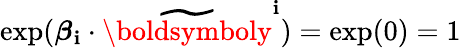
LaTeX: \exp(\boldsymbol\beta_{\mathbf{i}}\cdot\widetilde{{\boldsymboly}}^{\mathbf{i}})=\exp(0)=1